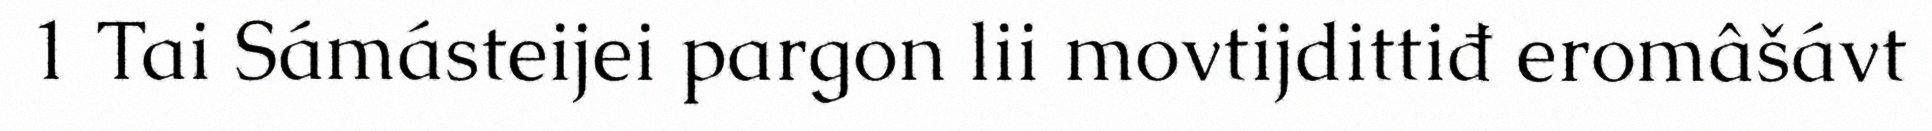
1 Tai Sámásteijei pargon lii movtijdittiđ eromâšávt